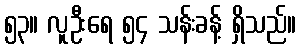
၅၃။ လူဦးရေ ၅၄ သန်းခန့် ရှိသည်။